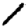
Digit: 1